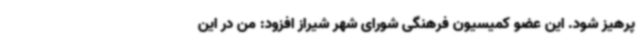
پرهیز شود. این عضو کمیسیون فرهنگی شورای شهر شیراز افزود: من در این